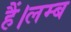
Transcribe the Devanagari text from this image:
हैं।लम्ब